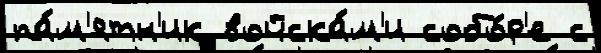
па́м'ятн'ик войска́м'и собо́р'е с